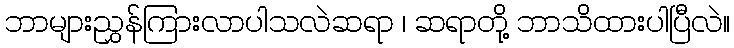
ဘာများညွှန်ကြားလာပါသလဲဆရာ ၊ ဆရာတို့ ဘာသိထားပါပြီလဲ။